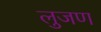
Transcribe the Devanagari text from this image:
लुजण